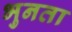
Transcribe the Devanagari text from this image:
भुनता